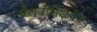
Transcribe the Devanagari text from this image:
सैलवीनिएलीज